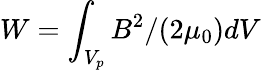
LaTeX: W=\int_{V_{p}}B^{2}/(2\mu_{0})dV